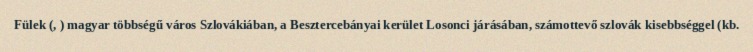
Fülek (, ) magyar többségű város Szlovákiában, a Besztercebányai kerület Losonci járásában, számottevő szlovák kisebbséggel (kb.